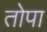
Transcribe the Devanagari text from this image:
तोपा